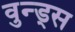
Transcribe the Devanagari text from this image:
वुन्ड्स